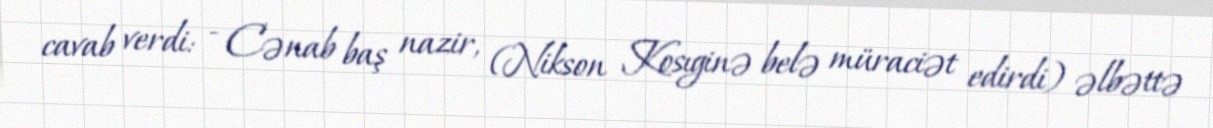
cavab verdi: - Cənab baş nazir, (Nikson Kosıginə belə müraciət edirdi) əlbəttə